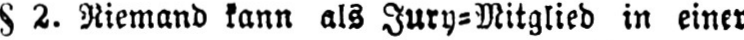
§2.Niemand kann als Jury⸗Mitglied in einer